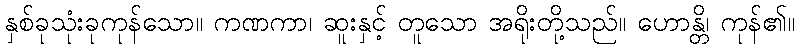
နှစ်ခုသုံးခုကုန်သော။ ကဏကာ၊ ဆူးနှင့် တူသော အရိုးတို့သည်။ ဟောန္တိ၊ ကုန်၏။